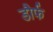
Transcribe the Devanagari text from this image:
डौर्फ